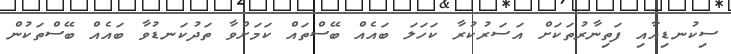
ސިކުނޑިއާއި ފަތިނާރުތަކަށް އަސަރުކުރާ ކަހަލަ ބައެއް ބޭސްތައް ކަމަށްވާ ތަދުކަނޑުވާ ބައެއް ބޭސްތަކުން